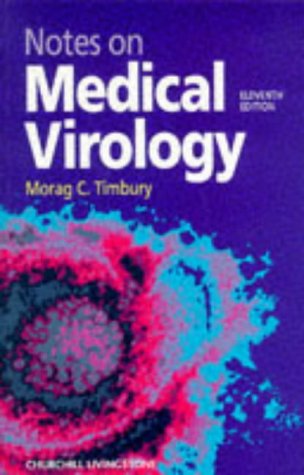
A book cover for Notes On Medical Virology, 11e; Morag C. Timbury; Medical Books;